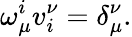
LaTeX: \omega_{\mu}^{i}v_{i}^{\nu}=\delta_{\mu}^{\nu}.